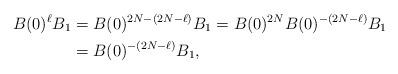
LaTeX: \begin{align*}B(0)^{\ell} B_1 &= B(0)^{2N - (2N-\ell)} B_1 = B(0)^{2N} B(0)^{-(2N-\ell)} B_1 \\&= B(0)^{-(2N-\ell)} B_1,\end{align*}